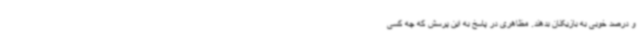
و درصد خوبی به بازیکنان بدهند. مظاهری در پاسخ به این پرسش که چه کسی